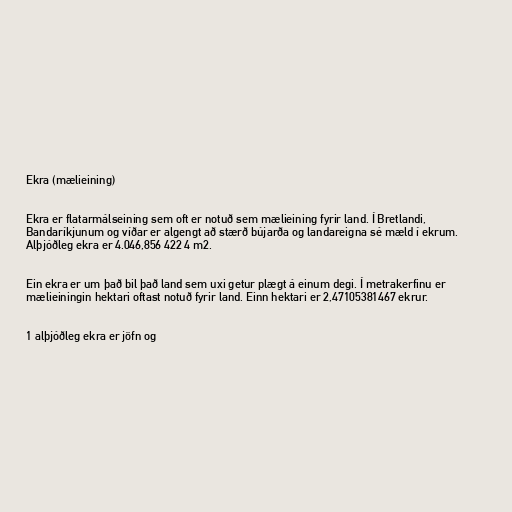
Ekra (mælieining)

Ekra er flatarmálseining sem oft er notuð sem mælieining fyrir land. Í Bretlandi,
Bandaríkjunum og víðar er algengt að stærð bújarða og landareigna sé mæld í ekrum.
Alþjóðleg ekra er 4.046,856 422 4 m2.

Ein ekra er um það bil það land sem uxi getur plægt á einum degi. Í metrakerfinu er
mælieiningin hektari oftast notuð fyrir land. Einn hektari er 2,47105381467 ekrur.

1 alþjóðleg ekra er jöfn og